Lunatic asylums Central Provinces reports 1910-1926 - 1910-1926
Year: 1910
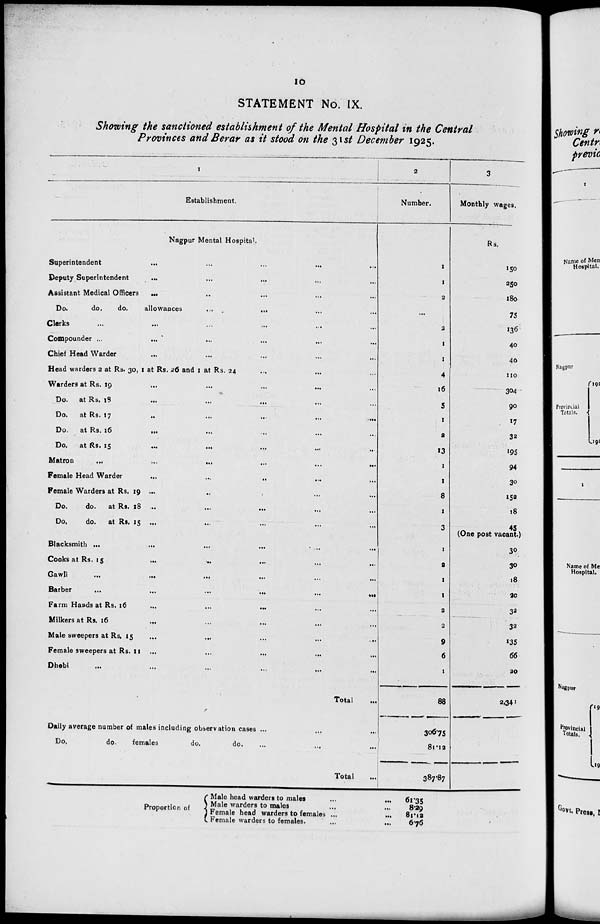
10
STATEMENT No. IX.
Showing the sanctioned establishment of the Mental Hospital in the Central
Provinces and Berar as it stood on the 31st December 1925.
1
Establishment.
Nagpur Mental Hospital.
Superintendent
...
...
...
...
...
Deputy Superintendent
...
...
...
...
...
Assistant Medical Officers ... ... ... ... ...
Do.
do.
do.
allowances
...
... ... ...
Clerks ... ... ... ... ...
Compounder ... ... ... ... ...
Chief Head Warder ... ... ... ... ...
Head warders 2 at Rs. 30, 1 at Rs. 26 and 1 at Rs. 24 ... ... ...
Warders at Rs. 19
... ... ... ... ...
Do. at Rs. 18 ... ... ...
...
...
Do.
at Rs. 17
...
...
...
...
...
Do.
at Rs. 16 ... ... ... ... ...
Do.
at Rs. 15
...
...
...
...
...
Matron
...
...
...
...
...
...
Female Head Warder ... ... ... ... ...
Female Warders at Rs. 19 ... ...
Do.
do.
at Rs. 18 ... ...
Do.
do.
at Rs. 15 ... ...
Blacksmith ...
...
...
...
...
...
Cooks at Rs. 15
...
...
...
...
...
Gawli
...
...
...
...
...
...
Barber
...
...
...
...
...
...
Farm Hands at Rs. 16
...
...
... ... ...
Milkers at Rs. 16
... ... ... ... ...
Male sweepers at Rs, 15 ... ... ... ... ...
Female sweepers at Rs. 11 ... ... ... ... ...
Dhobi ... ... ... ... ... ...
Total ...
Daily average number of males including observation cases ... ... ...
Do.
do.
females
do.
do. ... ... ...
Total ...
2
Number.
1
1
2
...
2
1
1
4
16
5
1
2
13
1
1
8
1
3
1
2
1
1
2
2
9
6
1
88
306.75
81.12
387.87
3
Monthly wages.
Rs.
150
250
180
75
136
40
40
110
304
90
17
32
195
94
30
152
18
45 (One post vacant.)
30
30
18
20
32
32
135
66
20
2,341
Proportion of
Male head warders to males ... ...
Male warders to males
...
...
Female head warders to females ... ...
Female warders to females.
...
...
61.35
8.29
81.12
6.76